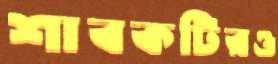
শাবকটিরও